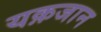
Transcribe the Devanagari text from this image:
यक़जान